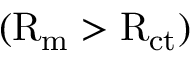
\mathrm { ( R _ { m } > R _ { c t } ) }